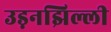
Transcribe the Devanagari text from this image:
उड़नझिल्ली